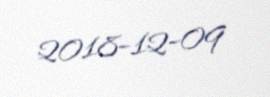
2018-12-09